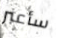
سأعبر